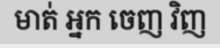
មាត់ អ្នក ចេញ វិញ